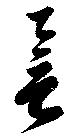
譽